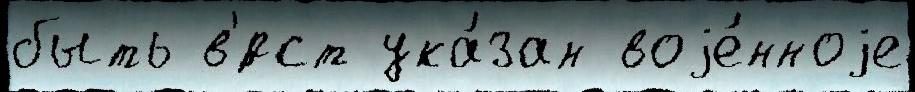
быть в'́рст ука́зан воjе́нноjе